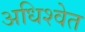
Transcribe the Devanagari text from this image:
अधिश्वेत